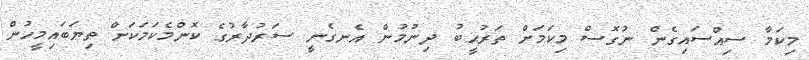
މިކަމާ ސިއްސައިގެން ނުގޮސް މިކަމަށް ތަރުޙީބު ދިނުމުން އެނގެނީ ސަރުދާރުގެ ކޮންމެކަމަކަށް ތިޔަބައިމީހުން